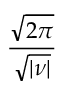
\frac { \sqrt { 2 \pi } } { \sqrt { | \nu | } }